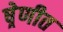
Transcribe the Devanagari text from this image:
ष्रेणीत